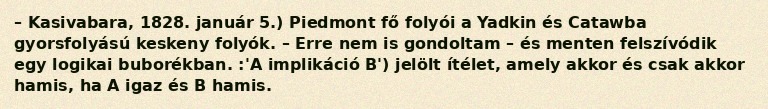
– Kasivabara, 1828. január 5.) Piedmont fő folyói a Yadkin és Catawba gyorsfolyású keskeny folyók. – Erre nem is gondoltam – és menten felszívódik egy logikai buborékban. :'A implikáció B') jelölt ítélet, amely akkor és csak akkor hamis, ha A igaz és B hamis.